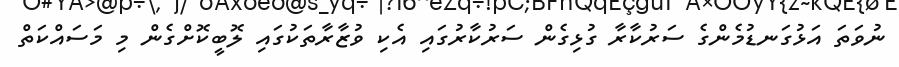
ނުވަތަ އަޅުގަނޑުމެންގެ ސަރުކާރާ ގުޅިގެން ސަރުކާރުގައި އެކި ވުޒާރާތަކުގައި ލޮބީކޮށްގެން މި މަސައްކަތް